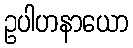
ဥပါဟနာယော